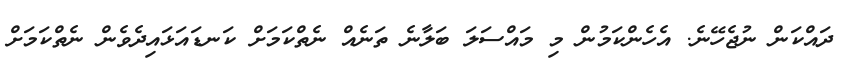
ދައްކަން ނުޖެހޭނެ. އެހެންކަމުން މި މައްސަލަ ބަލާނެ ތަނެއް ނެތްކަމަށް ކަނޑައަޅައިދެވެން ނެތްކަމަށް